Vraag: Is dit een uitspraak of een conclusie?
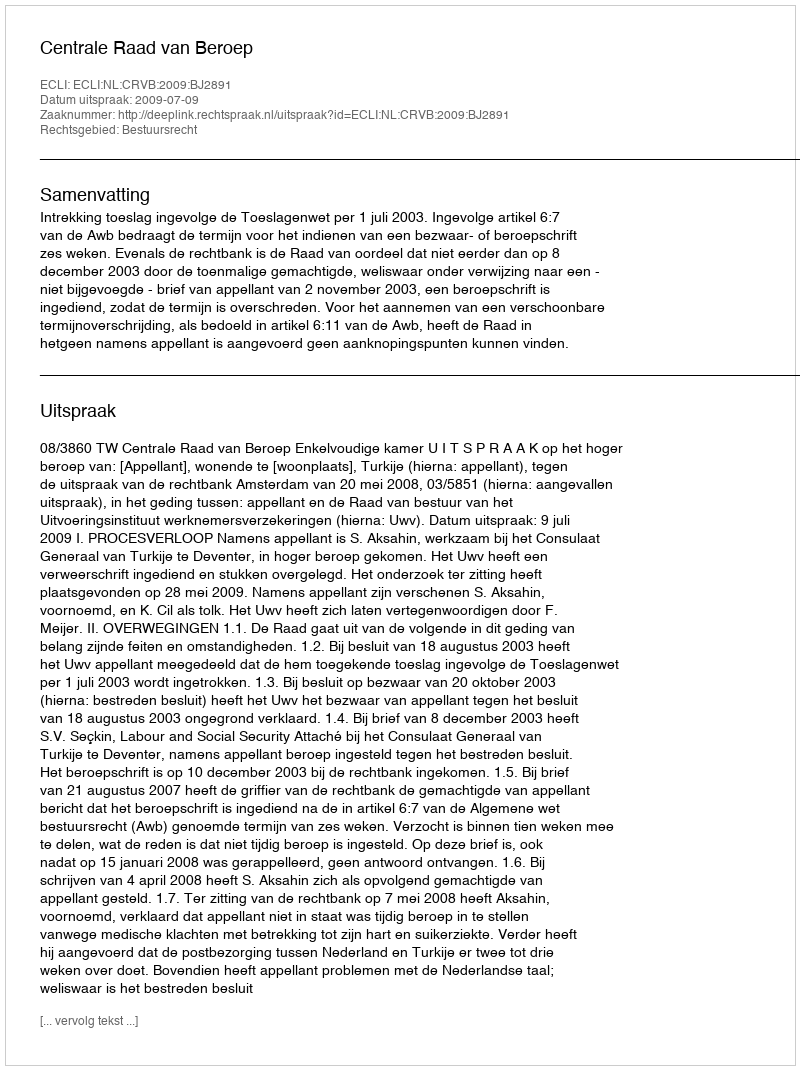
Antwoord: Uitspraak